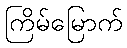
ကြိမ်မြောက်